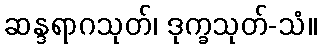
ဆန္ဒရာဂသုတ်၊ ဒုက္ခသုတ်-သံ။